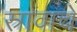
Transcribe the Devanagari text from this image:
स्रावाचे